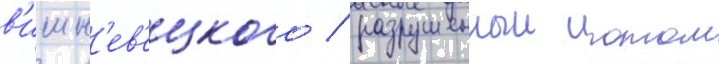
в'ишн'ев'ецкого / разрушенныи потом